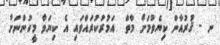
ނ - ޤުރުއާން ކިޔެވުމަށް މާތް  އަމުރުކުރައްވައި އެ ކިޔަވާ މީހުންނަށް